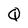
Character: Q